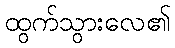
ထွက်သွားလေ၏